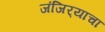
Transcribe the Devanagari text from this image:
जंजिर्‍याचा